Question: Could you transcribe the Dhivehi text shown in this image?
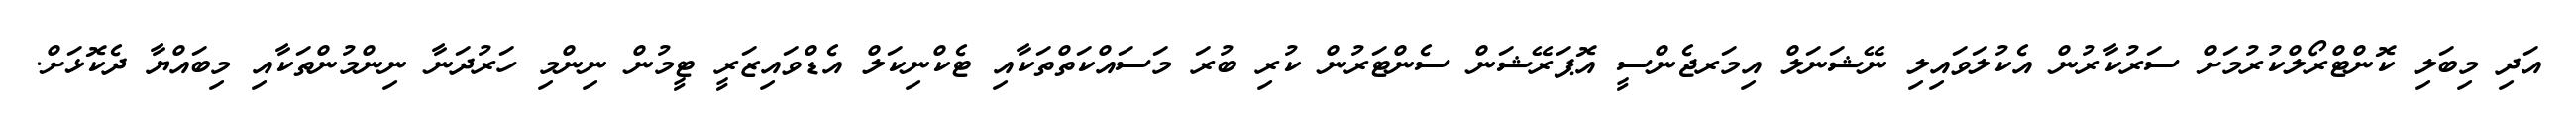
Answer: އަދި މިބަލި ކޮންޓްރޯލްކުރުމަށް ސަރުކާރުން އެކުލަވައިލި ނޭޝަނަލް އިމަރޖެންސީ އޮޕަރޭޝަން ސެންޓަރުން ކުރި ބުރަ މަސައްކަތްތަކާއި ޓެކްނިކަލް އެޑްވައިޒަރީ ޓީމުން ނިންމި ހަރުދަނާ ނިންމުންތަކާއި މިބައްޔާ ދެކޮޅަށް.